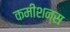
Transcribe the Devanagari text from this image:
कमीशन्स